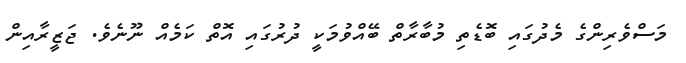
މަސްވެރިންގެ މެދުގައި ބޮޑެތި މުބާރާތް ބޭއްވުމަކީ ދުރުގައި އޮތް ކަމެއް ނޫނެވެ. ޖަޒީރާއިން